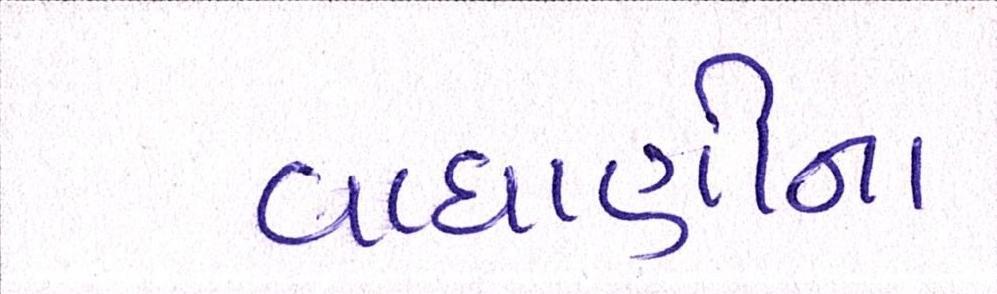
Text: વાઘાણીના